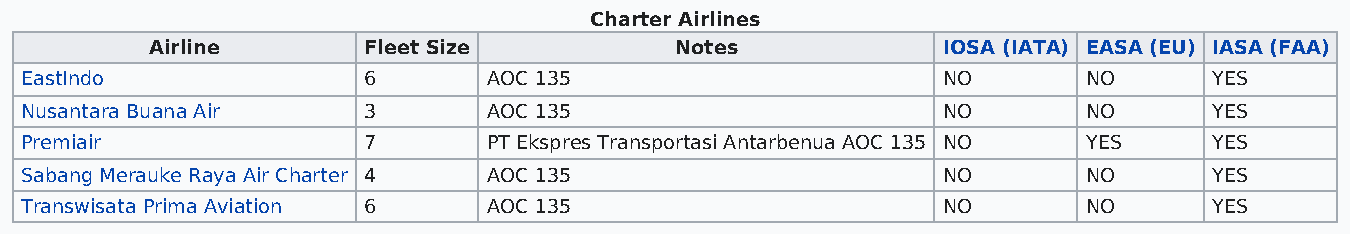
Charter Airlines
 Airline       Fleet Size           Notes            IOSA (IATA) EASA (EU) IASA (FAA)
 EastIndo               6       AOC 135                       NO        NO      YES
 Nusantara Buana Air    3       AOC 135                       NO        NO      YES
 Premiair               7       PT Ekspres Transportasi Antarbenua AOC 135 NO YES YES
 Sabang Merauke Raya Air Charter 4 AOC 135                    NO        NO      YES
 Transwisata Prima Aviation 6   AOC 135                       NO        NO      YES